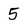
Character: 5